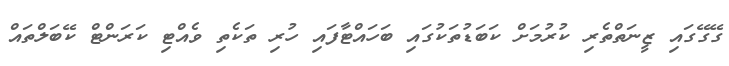
ގޭގޭގައި ޒީނަތްތެރި ކުރުމަށް ކަބަޑުތަކުގައި ބަހައްޓާފައި ހުރި ތަކެތި ވެއްޓި ކަރަންޓް ކޭބަލްތައް